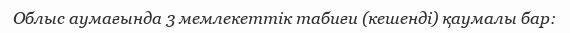
Облыс аумағында 3 мемлекеттік табиғи (кешенді) қаумалы бар: